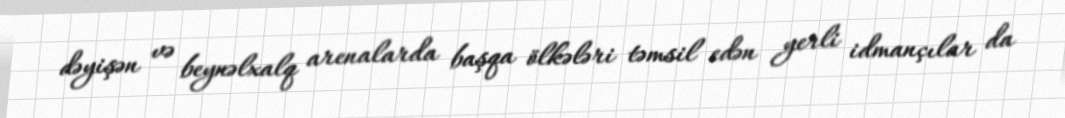
dəyişən və beynəlxalq arenalarda başqa ölkələri təmsil edən yerli idmançılar da